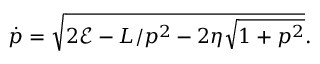
\dot { p } = \sqrt { 2 \mathcal { E } - L / p ^ { 2 } - 2 \eta \sqrt { 1 + p ^ { 2 } } } .